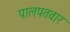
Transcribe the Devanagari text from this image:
पालपतवार